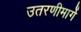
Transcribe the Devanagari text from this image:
उतरणीमार्गे